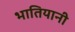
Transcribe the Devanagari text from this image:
भातियानी